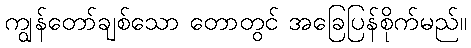
ကျွန်တော်ချစ်သော တောတွင် အခြေပြန်စိုက်မည်။